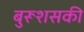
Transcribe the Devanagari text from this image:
बुरूशसकी